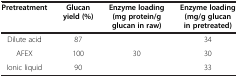
<table><thead><tr><td><b>Pretreatment</b></td><td><b>Glucan yield (%)</b></td><td><b>Enzyme loading (mg protein/g glucan in raw)</b></td><td><b>Enzyme loading (mg/g glucan in pretreated)</b></td></tr></thead><tbody><tr><td>Dilute acid</td><td>87</td><td rowspan="2">30</td><td>34</td></tr><tr><td>AFEX</td><td>100</td><td>30</td></tr><tr><td>Ionic liquid</td><td>90</td><td> </td><td>33</td></tr></tbody></table>